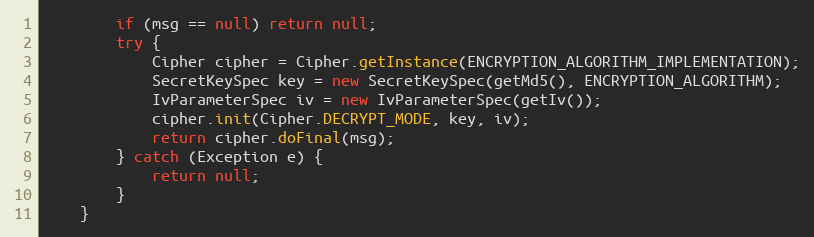
Language: Java
        if (msg == null) return null;
        try {
            Cipher cipher = Cipher.getInstance(ENCRYPTION_ALGORITHM_IMPLEMENTATION);
            SecretKeySpec key = new SecretKeySpec(getMd5(), ENCRYPTION_ALGORITHM);
            IvParameterSpec iv = new IvParameterSpec(getIv());
            cipher.init(Cipher.DECRYPT_MODE, key, iv);
            return cipher.doFinal(msg);
        } catch (Exception e) {
            return null;
        }
    }